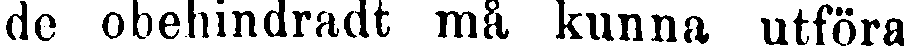
de obehindradt må kunna utföra